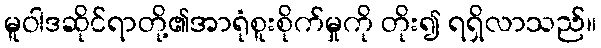
မူဝါဒဆိုင်ရာတို့၏အာရုံစူးစိုက်မှုကို တိုး၍ ရရှိလာသည်။